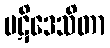
ပဋိဒေသိတာ